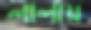
লালায়